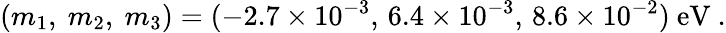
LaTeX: (m_{1},~m_{2},~m_{3})=(-2.7\times 10^{-3},\, 6.4\times 10^{-3},\, 8.6\times 10^{-2})~\mathrm{eV}~.